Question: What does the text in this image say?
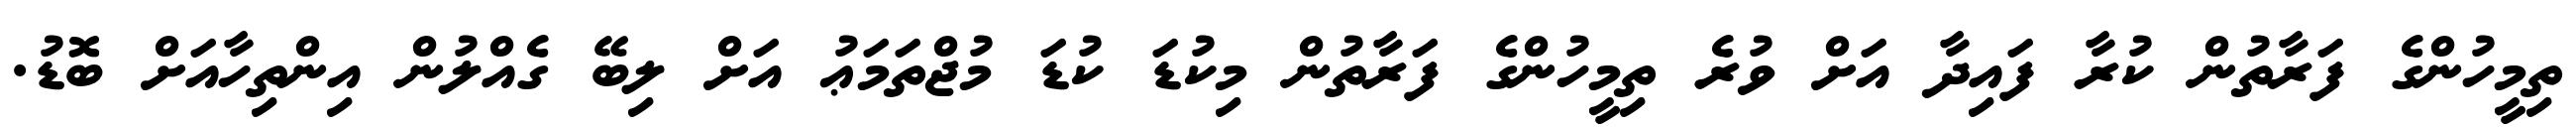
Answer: ތިމީހުންގެ ފަރާތުން ކުރާ ފައިދާ އަށް ވުރެ ތިމީހުންގެ ފަރާތުން މިކުޑަ ކުޑަ މުޖްތަމަޢު އަށް ލިބޭ ގެއްލުން އިންތިހާއަށް ބޮޑު.